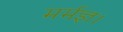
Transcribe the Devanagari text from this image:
मर्मज्ञ।